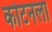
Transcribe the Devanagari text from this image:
कोटनला